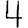
Digit: 4